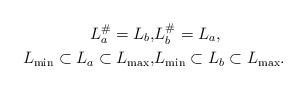
LaTeX: \begin{align*} L_a^\#=L_b,&L_b^\#=L_a,\\ L_{\min}\subset L_a\subset L_{\max}, &L_{\min}\subset L_b\subset L_{\max}. \end{align*}